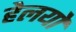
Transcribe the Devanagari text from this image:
हेलयो